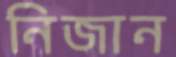
নিজান